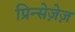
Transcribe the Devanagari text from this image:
प्रिन्सेज़ेज़